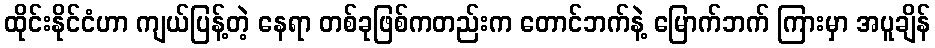
ထိုင်းနိုင်ငံဟာ ကျယ်ပြန့်တဲ့ နေရာ တစ်ခုဖြစ်ကတည်းက တောင်ဘက်နဲ့ မြောက်ဘက် ကြားမှာ အပူချိန်